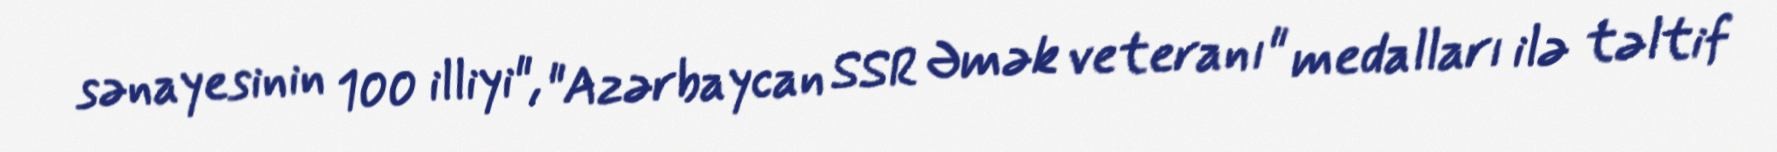
sənayesinin 100 illiyi", "Azərbaycan SSR Əmək veteranı" medalları ilə təltif